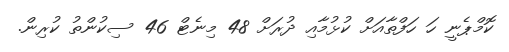
ކޮމްޕެނީ ހަ ހަފްތާއަށް ކުޅުމާއި ދުރަށް 48 މިނެޓް 46 ސިކުންތު ކުރިން.